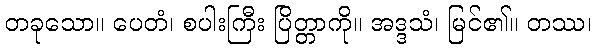
တခုသော။ ပေတံ၊ စပါးကြီး ပြိတ္တာကို။ အဒ္ဒသံ၊ မြင်၏။ တဿ၊